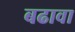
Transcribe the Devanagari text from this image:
बढावा